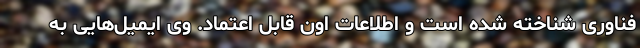
فناوری شناخته شده است و اطلاعات اون قابل اعتماد. وی ایمیل‌هایی به